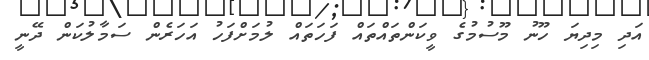
އަދި މިދިޔަ ހޫނު މޫސުމުގެ ވީކަންތައްތައް ފަހަތައް ލުމަށްފަހު އަހަރެން ސަމާލުކަން ދޭނީ